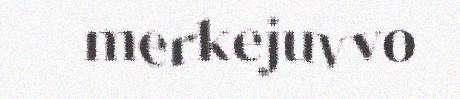
merkejuvvo